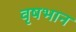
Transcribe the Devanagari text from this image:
वृषभान